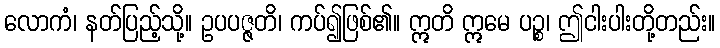
လောကံ၊ နတ်ပြည့်သို့။ ဥပပဇ္ဇတိ၊ ကပ်၍ဖြစ်၏။ ဣတိ ဣမေ ပဉ္စ၊ ဤငါးပါးတို့တည်း။